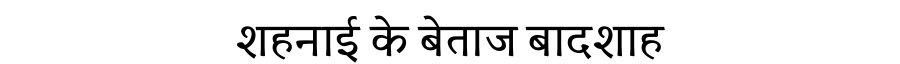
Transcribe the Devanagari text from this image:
शहनाई के बेताज बादशाह